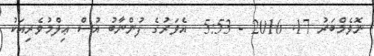
ނޮވެމްބަރު 17